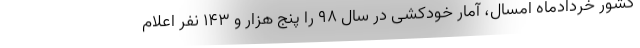
کشور خردادماه امسال، آمار خودکشی در سال ۹۸ را پنج هزار و ۱۴۳ نفر اعلام